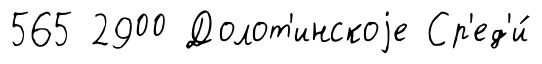
565 2900 Долот'инскоjе Ср'ед'и́